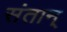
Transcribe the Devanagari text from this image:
संतान्